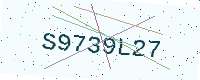
Text: S9739L27